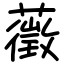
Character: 藢